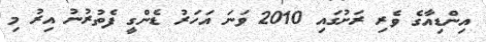
އިންޑިއާގެ ވެރި ރަށުގައި 2010 ވަނަ އަހަރު ޑެންގީ ފެތުރުނު އިރު މި